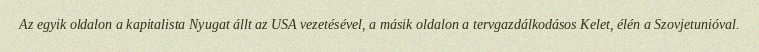
Az egyik oldalon a kapitalista Nyugat állt az USA vezetésével, a másik oldalon a tervgazdálkodásos Kelet, élén a Szovjetunióval.